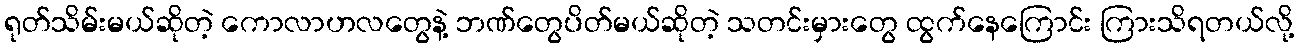
ရုတ်သိမ်းမယ်ဆိုတဲ့ ကောလာဟလတွေနဲ့ ဘဏ်တွေပိတ်မယ်ဆိုတဲ့ သတင်းမှားတွေ ထွက်နေကြောင်း ကြားသိရတယ်လို့